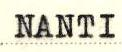
NANTI